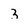
Character: 3